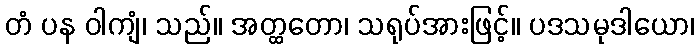
တံ ပန ဝါကျံ၊ သည်။ အတ္ထတော၊ သရုပ်အားဖြင့်။ ပဒသမုဒါယော၊